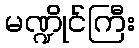
မဏ္ဍိုင်ကြီး